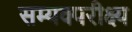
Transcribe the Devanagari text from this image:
सम्यक्परीक्ष्य